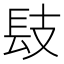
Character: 𨱜